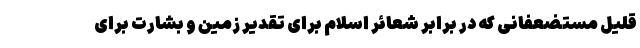
قلیل مستضعفانی که در برابر شعائر اسلام برای تقدیر زمین و بشارت برای